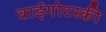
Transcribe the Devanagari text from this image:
वाईगोटस्की